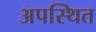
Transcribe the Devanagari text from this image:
अपस्थित